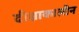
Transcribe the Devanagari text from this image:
दीक्षाकालीन